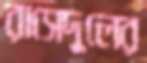
রাসেদুলের